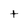
Character: t